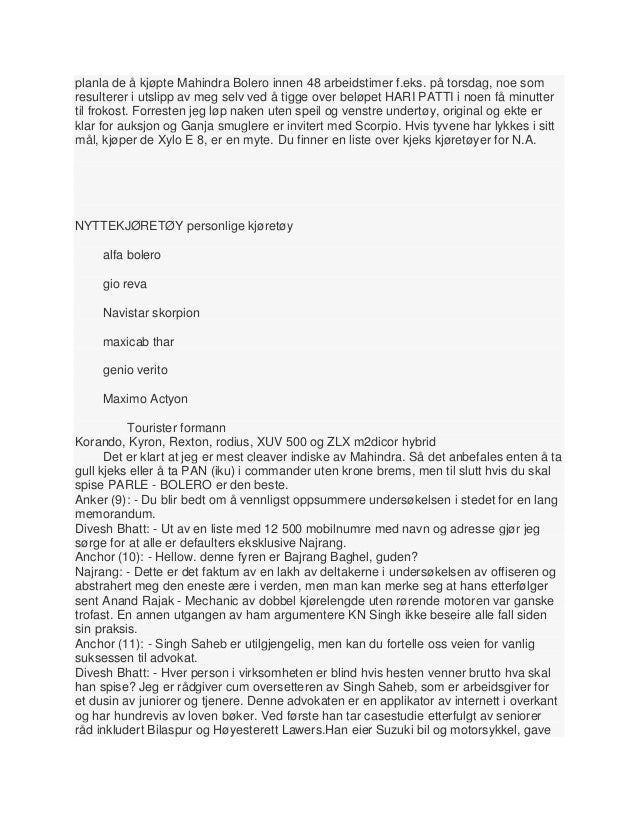
Language: no